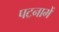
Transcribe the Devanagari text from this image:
पटनामें